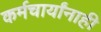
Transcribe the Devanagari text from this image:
कर्मचार्यांनाही